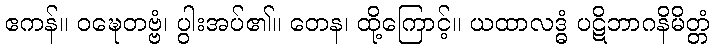
ဧကန်။ ဝဍ္ဎေတဗ္ဗံ၊ ပွါးအပ်၏။ တေန၊ ထို့ကြောင့်။ ယထာလဒ္ဓံ ပဋိဘာဂနိမိတ္တံ